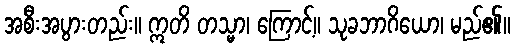
အစီးအပွားတည်း။ ဣတိ တသ္မာ၊ ကြောင့်။ သုခဘာဂိယော၊ မည်၏။